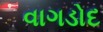
વાગડોદ